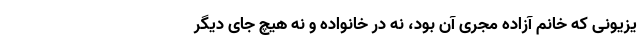
یزیونی که خانم آزاده مجری آن بود، نه در خانواده و نه هیچ جای دیگر